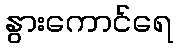
နွားကောင်ရေ